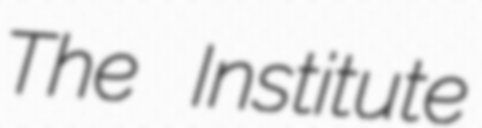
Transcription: The Institute